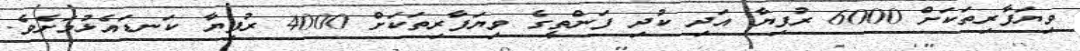
ވިޔަފާރިތަކަށް 6000 ރުފިޔާ އަދި ކުދި ފަންތީގެ ވިޔަފާރިތަކަށް 4000 ރުފިޔާ ކަނޑައެޅުމަށެވެ.